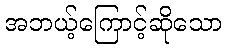
အဘယ့်ကြောင့်ဆိုသော